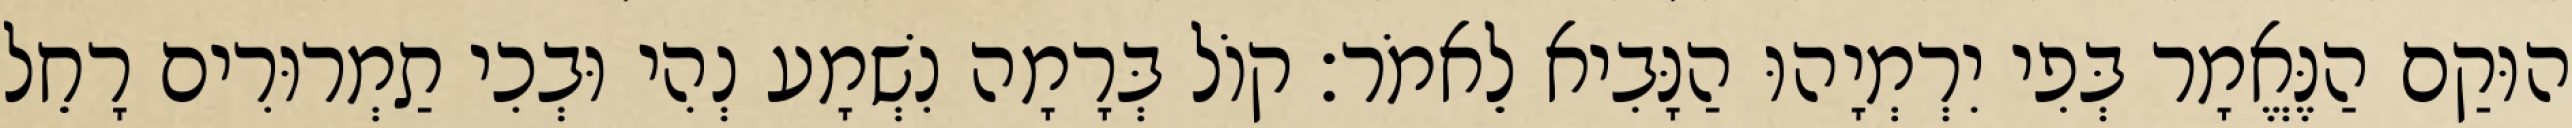
הוּקַם הַנֶּאֱמָר בְּפִי יִרְמְיָהוּ הַנָּבִיא לֵאמֹר׃ קוֹל בְּרָמָה נִשְׁמָע נְהִי וּבְכִי תַמְרוּרִים רָחֵל